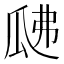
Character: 𤫰